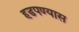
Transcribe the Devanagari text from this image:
हडपण्यास